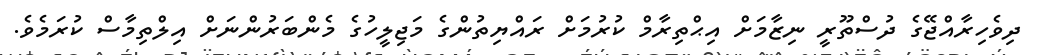
ދިވެހިރާއްޖޭގެ ދުސްތޫރީ ނިޒާމަށް އިޙްތިރާމް ކުރުމަށް ރައްޔިތުންގެ މަޖިލީހުގެ މެންބަރުންނަށް އިލްތިމާސް ކުރަމެވެ.